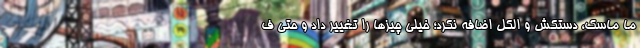
ما ماسک، دستکش و الکل اضافه نکرد؛ خیلی چیزها را تغییر داد و حتی ف